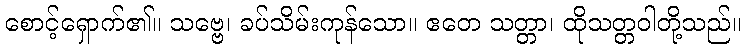
စောင့်ရှောက်၏။ သဗ္ဗေ၊ ခပ်သိမ်းကုန်သော။ ဧတေ သတ္တာ၊ ထိုသတ္တဝါတို့သည်။